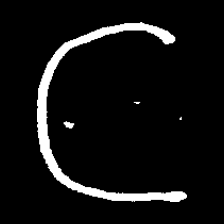
Pyu character \u2014 Myanmar letter: ဋ (romanized: tta)